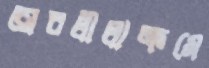
অবলীলাক্রমে